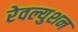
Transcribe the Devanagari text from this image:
रेवल्युशन